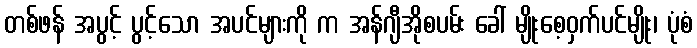
တစ်ဖန် အပွင့် ပွင့်သော အပင်များကို က အန်ဂျီအိုစပမ်း ခေါ် မျိုးစေ့ဝှက်ပင်မျိုး၊ ပုံစံ